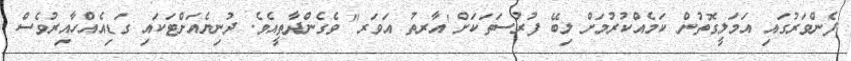
ފެންވަރުގައި އަމަލީގޮތުން ކަމެއްކުރުމަށް ލިބޭ ފުރުސަތަކަށް 'އާރތު އަވަރ" ވެގެންދާތީއެވެ. ދުނިޔެއަށްޓަކައި ގަޑިއެއްހާއިރުވެސް